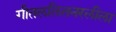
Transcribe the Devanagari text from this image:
गीतललितनरलीला